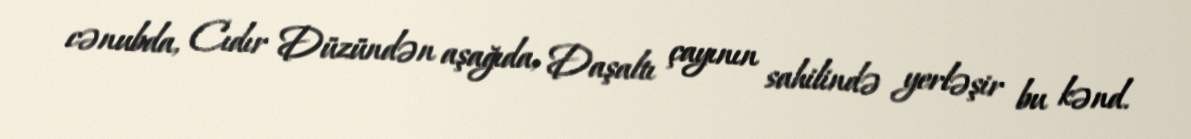
cənubda, Cıdır Düzündən aşağıda, Daşaltı çayının sahilində yerləşir bu kənd.